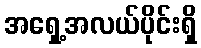
အရှေ့အလယ်ပိုင်းရှိ